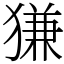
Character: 㺌